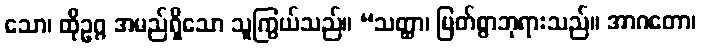
သော၊ ထိုဥဂ္ဂ အမည်ရှိသော သူကြွယ်သည်။ “သတ္ထာ၊ မြတ်စွာဘုရားသည်။ အာဂတော၊